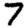
Digit: 7